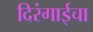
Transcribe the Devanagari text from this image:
दिरंगाईचा